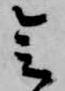
会